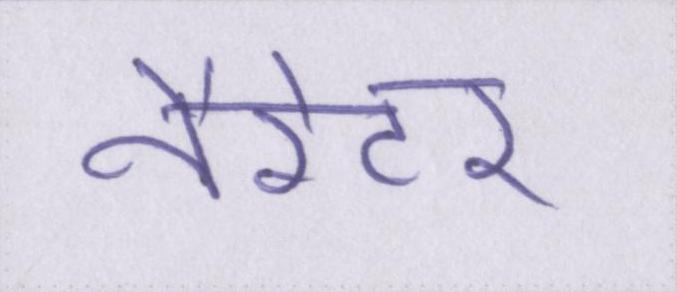
नैरेटर